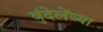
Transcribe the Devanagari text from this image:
बुंदेलेंच्या